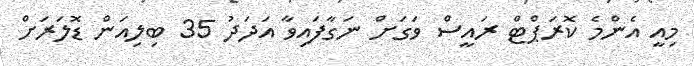
މިއީ އެންމެ ކޮރަޕްޓް ރައީސް ވަގަށް ނަގާފައިވާ އަދަދު 35 ބިލިއަން ޑޮލަރަށް